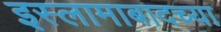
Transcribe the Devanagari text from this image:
इस्लामाबादच्या